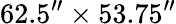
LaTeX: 62.5^{\prime\prime}\times 53.75^{\prime\prime}